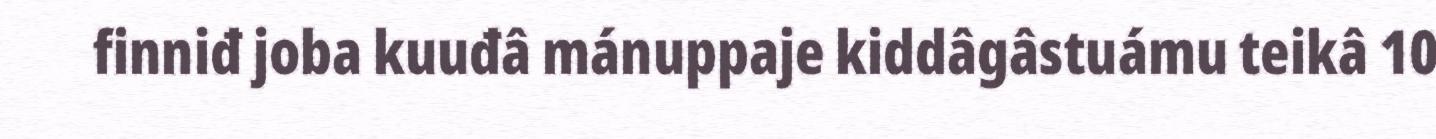
finniđ joba kuuđâ mánuppaje kiddâgâstuámu teikâ 10